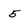
Character: 5